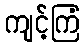
ကျင့်ကြံ